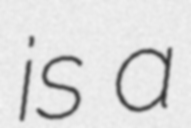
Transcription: is a